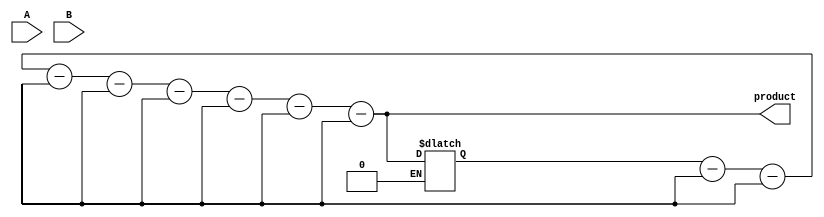
module booth_multiplier(
    input [7:0] A,
    input [7:0] B,
    output reg [15:0] product
);

reg [7:0] A_reg, B_reg;
reg [3:0] count;
reg [7:0] partial_product;
reg [15:0] accumulator;

// Booth encoder
always @(*)
begin
    case (count)
        4'b0000: partial_product = 8'b00000000;
        4'b0001: partial_product = A_reg;
        4'b0010: partial_product = B_reg;
        4'b0011: partial_product = A_reg;
        4'b0100: partial_product = B_reg << 1;
        4'b0101: partial_product = A_reg << 1;
        4'b0110: partial_product = A_reg << 1;
        4'b0111: partial_product = B_reg << 2;
        4'b1000: partial_product = A_reg << 2;
    endcase
end

// Multiplier
always @(*)
begin
    product = 16'd0;
    for (count = 0; count < 8; count = count + 1)
    begin
        if (partial_product[0] == 1'b1)
            accumulator = accumulator + A_reg;
        else if (partial_product[0] == 1'b0)
            accumulator = accumulator - A_reg;

        partial_product = partial_product >> 1;
    end
    product = accumulator;
end

endmodule